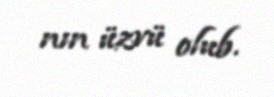
nın üzvü olub.